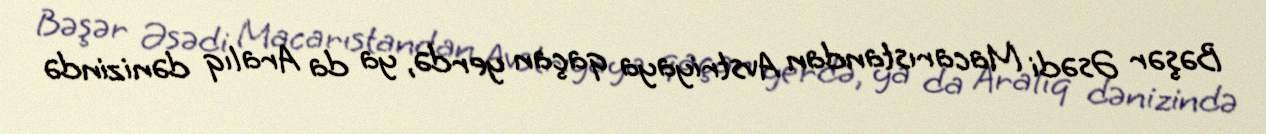
Bəşər Əsədi Macarıstandan Avstriyaya qaçan yerdə, ya da Aralıq dənizində